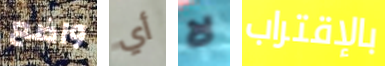
واضع أي لا بالإقتراب